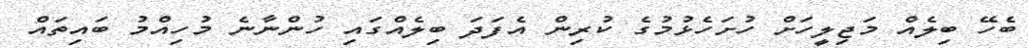
ބެހޭ ބިލެއް މަޖިލީހަށް ހުށަހެޅުމުގެ ކުރިން އެފަދަ ބިލެއްގައި ހުންނާނެ މުހިއްމު ބައިތައް